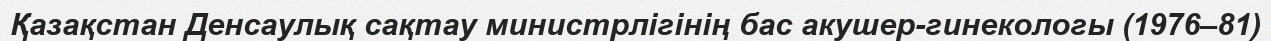
Қазақстан Денсаулық сақтау министрлігінің бас акушер-гинекологы (1976–81)